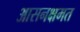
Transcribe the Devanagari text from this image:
आसनक्षमत